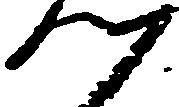
つ